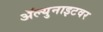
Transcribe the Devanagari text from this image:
ॲल्युनाइटवर